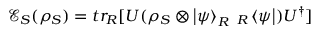
\mathcal { E } _ { S } ( \rho _ { S } ) = t r _ { R } [ U ( \rho _ { S } \otimes \ensuremath { \left| \psi \right\rangle } _ { R } \; _ { R } \ensuremath { \left\langle \psi \right| } ) U ^ { \dagger } ]